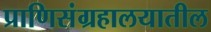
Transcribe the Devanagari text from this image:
प्राणिसंग्रहालयातील